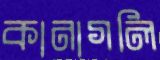
কানাগলি